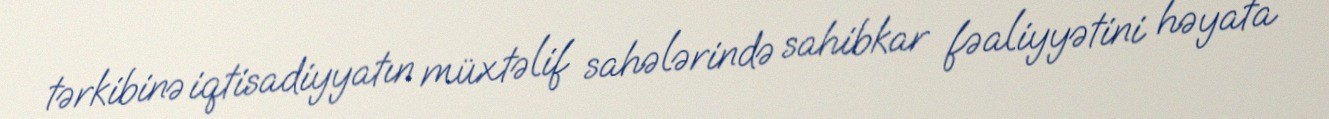
tərkibinə iqtisadiyyatın müxtəlif sahələrində sahibkar fəaliyyətini həyata